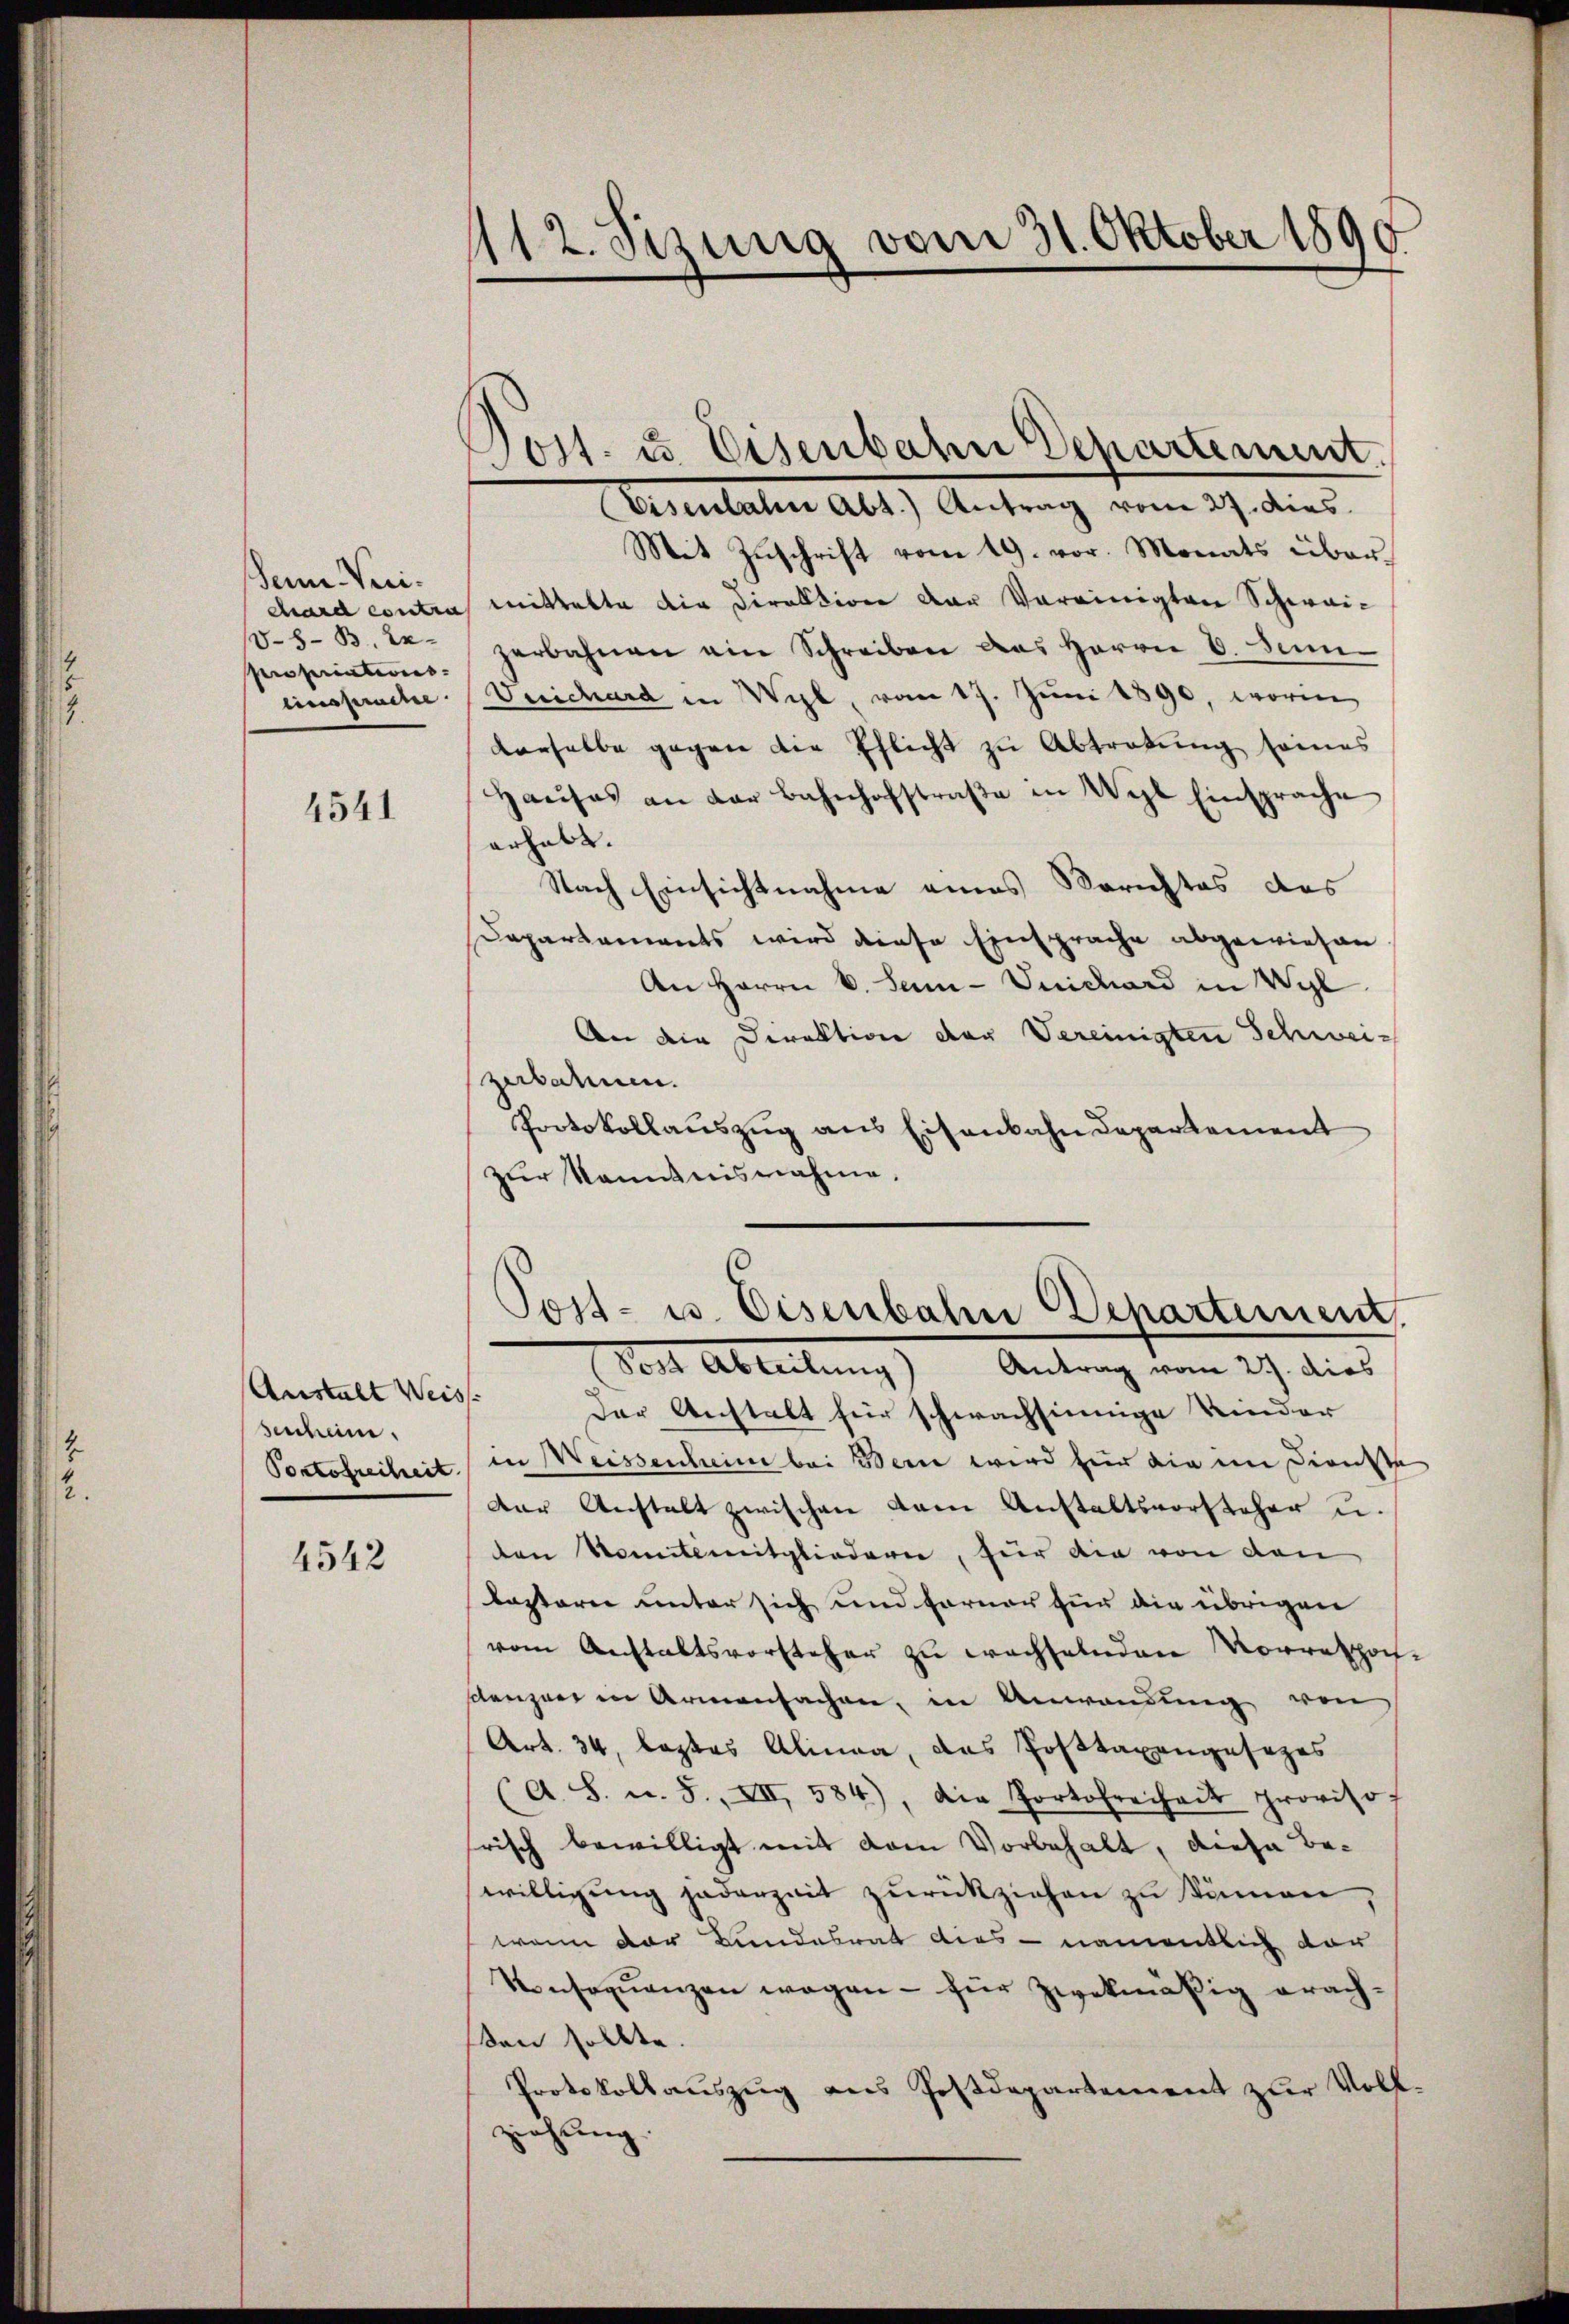
.

Seine Veridard contra
0-8- B. Expropriatives
Einspruche.

4541

Anstalt Weist
seschein.
Portofreiheit

4542

112. Setzung vom 31. Oktober 1890

Viseulahen Abt.) Antrag vom 27. dies
Mit Zuschrift vom 19. vor. Monats übermittelte die Direktion der Vereinigten Schwaizerbahnen ein Schreiben des Herrn V. Semi-
Duichard in Wyl, vom 17. Jŭni 1890, worin
derselbe gegen die Pflicht zu Abtretung sames
Haŭses an der Bahnhofstraβe in Wyl Einsprache
erhebt. |
Nach Einsichtnahme eines Berichtes des
Dapartaments wird diese Einsprache abgewiesen
An Herrn v. Sam-Vuichard in Wyl
An die Direktion der Vereinigten Schweizerbahnen.
Protokollauszug aus Eisenbahndepartement
zŭr Kenntnisnahme.
Post- u. Eisenbahn Departement.
Post Abteilung) Antrag vom 27. dies
Der Anstalt für schwachsinnige Kinder
in Weissenheim bei Bern wird für die im Dienste
Der Anstalt zwischen dem Anstaltsvorsteher u.
den Komit mitgliedern, für die von den
lasterer unter sich und ferner für die übrigen
vom Anstaltsvorsteher zu wachselnden Vorrespon-
danzen in Armensachen, in Anwendung von
Art. 34, leztes Alinea, das Posttaxengesezes
(A. S. u. 5., III 584), die Portofreiheit proviso-
frisch bewilligt mit dem Vorbehalt, diese Bewilligung jederzeit zurückziehen zu kämen
wann der Bundesrat dies - namentlich dar
Konsequenzen wegen - für zwekmäßig erachsen sollte
Protokollauszug aus Postdepartement zur Vollziehung.
—

Jost. u Eisenbahn Departement.